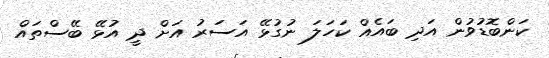
ކަންބޮޑުވުން އަދި ބައެއް ކަހަލަ ނުގުޅޭ އަސަރު އަށް ދީ އުޅޭ ބޭސްތައް